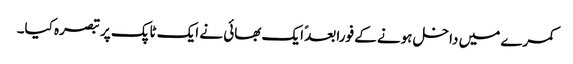
کمرے میں داخل ہونے کے فورا بعدً ایک بھائی نے ایک ٹاپک پر تبصرہ کیا۔